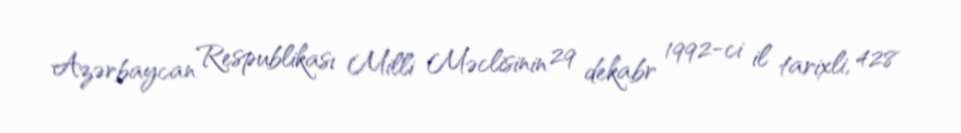
Azərbaycan Respublikası Milli Məclisinin 29 dekabr 1992-ci il tarixli, 428